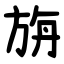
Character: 旃